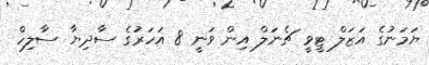
ޔަމަނުގެ އަޒަލް ޓީވީ ޗެނަލް އިން ވަނީ 8 އަހަރުގެ ސާދިޔާ ސާލިހް